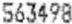
563498